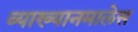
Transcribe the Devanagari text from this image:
व्याख्यानमालेस